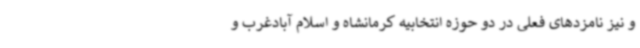
و نیز نامزدهای فعلی در دو حوزه انتخابیه کرمانشاه و اسلام آبادغرب و